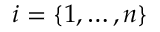
i = \{ 1 , \dots , n \}